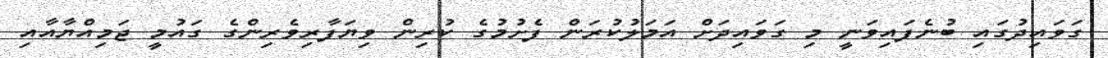
ގަވައިދުގައި ބުނެފައިވަނީ މި ގަވައިދަށް އަމަލުކުރަން ފެށުމުގެ ކުރިން ވިޔަފާރިވެރިންގެ ގައުމީ ޖަމިއްޔާއާއި